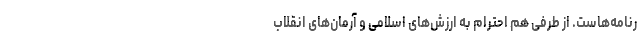
رنامه‌هاست. از طرفی هم احترام به ارزش‌های اسلامی و آرمان‌های انقلاب